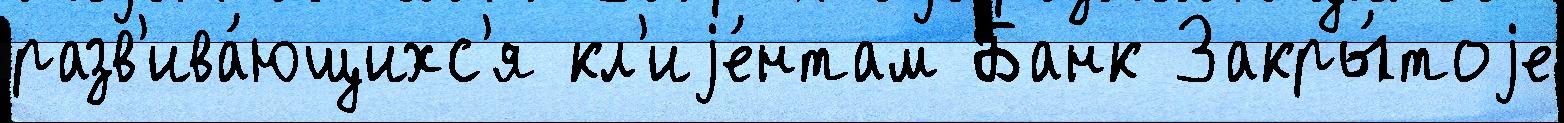
разв'ива́ющихс'я кл'иjе́нтам Банк Закры́тоjе